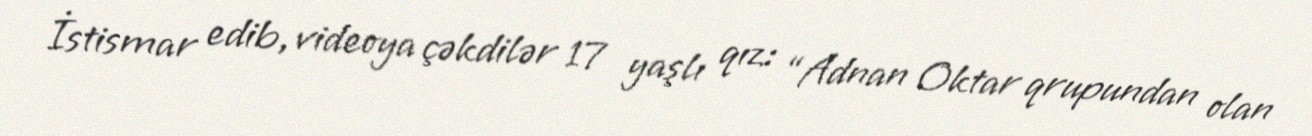
İstismar edib, videoya çəkdilər 17 yaşlı qız: “Adnan Oktar qrupundan olan